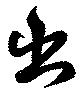
出